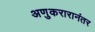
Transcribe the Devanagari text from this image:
अणुकरारानंतर